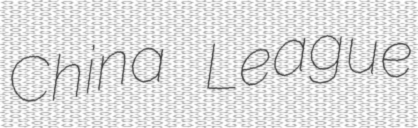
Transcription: China League